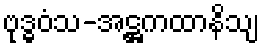
ဗုဒ္ဓဝံသ-အဋ္ဌကထာနိသျ